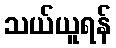
သယ်ယူရန်